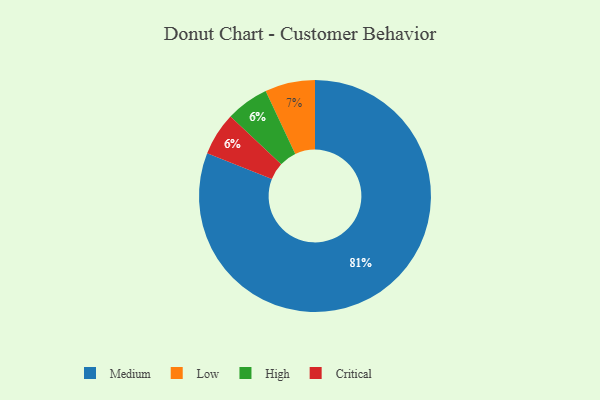
{"axis": {"x": "Category", "y": "Percentage"}, "legend": ["Critical", "High", "Low", "Medium"], "data": [{"x": "Low", "y": 7, "type": "Low"}, {"x": "High", "y": 6, "type": "High"}, {"x": "Medium", "y": 81, "type": "Medium"}, {"x": "Critical", "y": 6, "type": "Critical"}]}